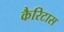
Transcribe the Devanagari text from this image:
कैरिटास